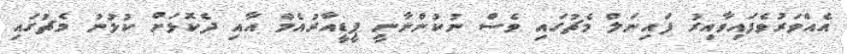
އެއްވަރުވެފައިވާއިރު ފައިނަލް މެޗުގައި ވެސް ނުކުންނާނީ ޕީޑީއާރުއެމް އާއި ދެކޮޅަށް ކުޅުނު މެޗުގައި